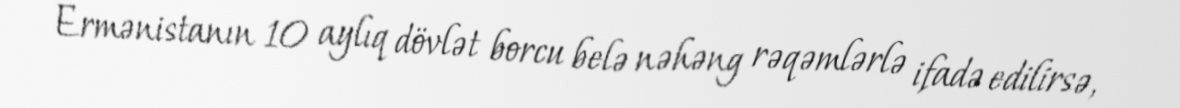
Ermənistanın 10 aylıq dövlət borcu belə nəhəng rəqəmlərlə ifadə edilirsə,